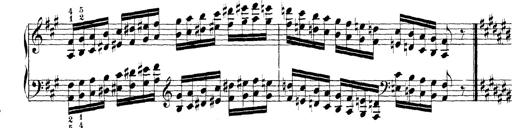
Title: Technische Studien
Composer: Franz Liszt